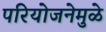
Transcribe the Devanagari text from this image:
परियोजनेमुळे